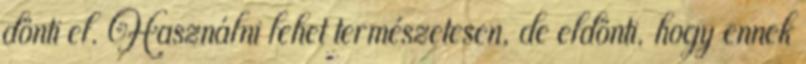
dönti el. Használni lehet természetesen, de eldönti, hogy ennek